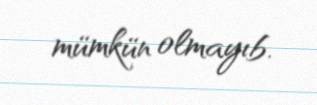
mümkün olmayıb.